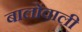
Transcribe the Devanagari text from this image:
बालोंवाली